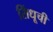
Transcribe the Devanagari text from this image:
सिंधूची